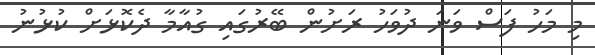
މި މަހު ފަސް ވަނަ ދުވަހު ރަށުން ބޭރުގައި ގުއާމާ ދެކޮޅަށް ކުޅުނު